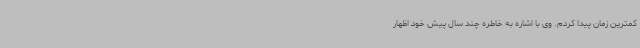
کمترین زمان پیدا کردم. وی با اشاره به خاطره چند سال پیش خود اظهار